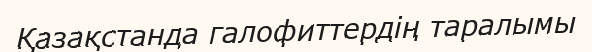
Қазақстанда галофиттердің таралымы